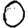
Digit: 0